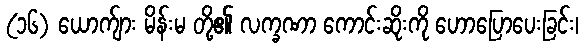
(၁၆) ယောက်ျား မိန်းမ တို့၏ လက္ခဏာ ကောင်းဆိုးကို ဟောပြောပေးခြင်း၊